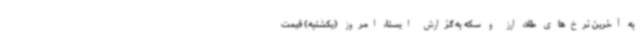
به آخرین نرخ‌های طلا، ارز و سکه به گزارش ایسنا، امروز (یکشنبه) قیمت